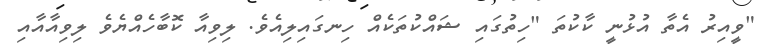
"ވީއިރު އެތާ އުޅުނީ ކާކުތަ "ހިތުގައި ޝައްކުތަކެއް ހިނގައިލިއެވެ. ލިވިއާ ކޮބާހެއްޔެވެ ލިވިއާއާއި